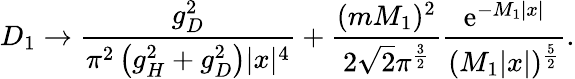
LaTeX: D_{1}\to\frac{g_{D}^{2}}{\pi^{2}\left(g_{H}^{2}+g_{D}^{2}\right)|x|^{4}}+\frac{(mM_{1})^{2}}{2\sqrt{2}\pi^{\frac 32}}\frac{\mathrm{e}^{-M_{1}|x|}}{(M_{1}|x|)^{\frac 52}}.